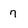
Character: 7